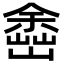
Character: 𡽚